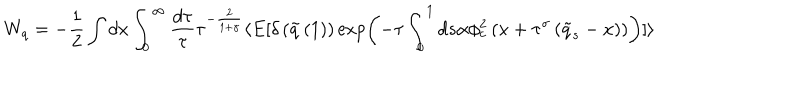
LaTeX: W _ { q } = - \frac { 1 } { 2 } \int d x \int _ { 0 } ^ { \infty } \frac { d \tau } { \tau } \tau ^ { - \frac { 2 } { 1 + \gamma } } \langle E [ \delta \left( \tilde { q } \left( 1 \right) \right) \exp \left( - \tau \int _ { 0 } ^ { 1 } d s \alpha \phi _ { c } ^ { 2 } \left( x + \tau ^ { \sigma } \left( \tilde { q } _ { s } - x \right) \right) \right) ] \rangle